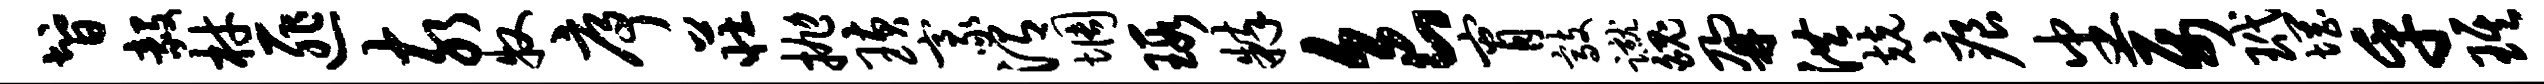
智毅材匪亥牧序庄抛璜豪渭惆瑕粹食宵敲蹴魄鼐洪兢痕番属玳惘乎琪